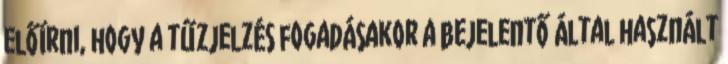
előírni, hogy a tűzjelzés fogadásakor a bejelentő által használt